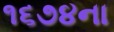
૧૬૭૪ના